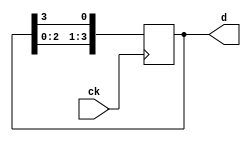
module sreg(d,
            ck);
    input ck;
    output [3:0] d;
    reg [3:0] q;
    assign d = q;
    
    initial
    begin
        q    <= 0;
        q[0] <= 1;
    end
    
    always @(posedge ck)
    begin
        q[1] <= q[0];
        q[2] <= q[1];
        q[3] <= q[2];
        q[0] <= q[3];
    end
endmodule

module testbench;
    reg ck;
    wire [3:0] d;

    initial
    begin
        $dumpfile("sreg.vcd");
        $dumpvars(0, testbench);
        $monitor("%t: ck:%b d:%b", $time, ck, d);
        ck <= 0;
        #9
            $finish;
    end

    always #1
        ck <= ~ck;

    sreg inst0 (d, ck);
endmodule